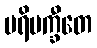
ပရိပက္ခီတေ